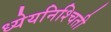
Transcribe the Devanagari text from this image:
ध्येयनिश्चिती